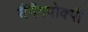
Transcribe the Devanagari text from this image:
यैंगैंगपोक्पी